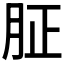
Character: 𦙫